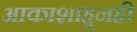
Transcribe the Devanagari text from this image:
आकाशाहूनही